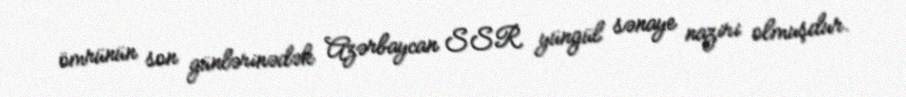
ömrünün son günlərinədək Azərbaycan SSR yüngül sənaye naziri olmuşdur.